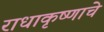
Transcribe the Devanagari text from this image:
राधाकृष्णाचे